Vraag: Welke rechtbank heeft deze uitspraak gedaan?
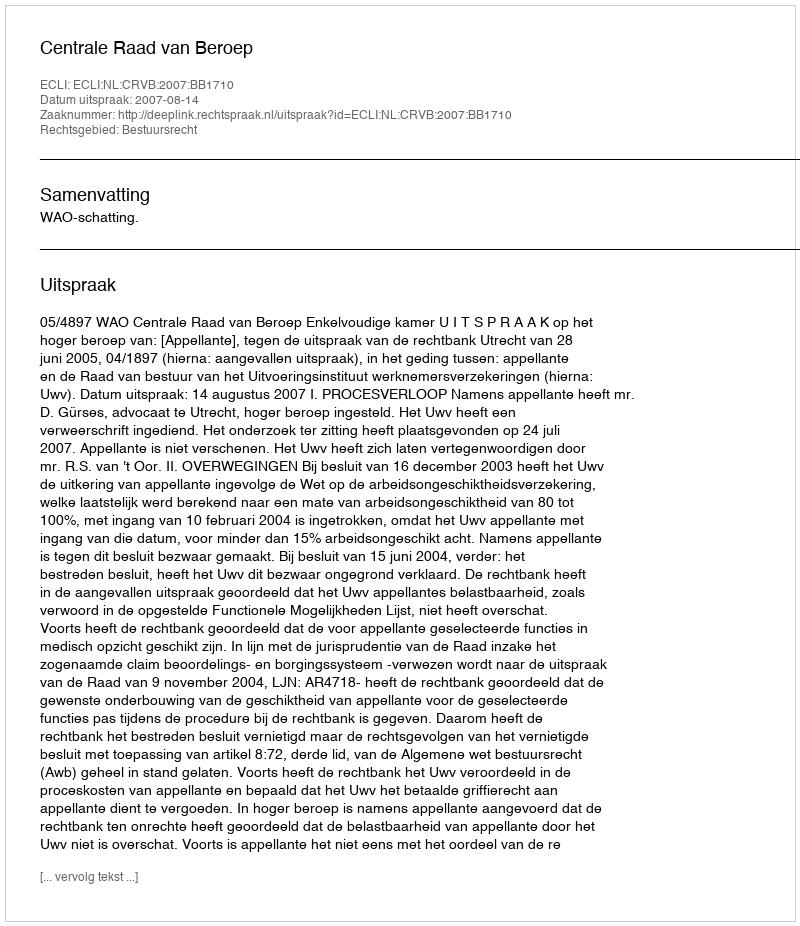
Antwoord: Centrale Raad van Beroep